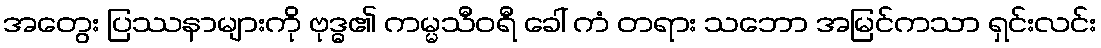
အတွေး ပြဿနာများကို ဗုဒ္ဓ၏ ကမ္မသီဝရီ ခေါ် ကံ တရား သဘော အမြင်ကသာ ရှင်းလင်း